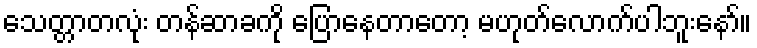
သေတ္တာတလုံး တန်ဆာခကို ပြောနေတာတော့ မဟုတ်လောက်ပါဘူးနော်။